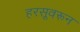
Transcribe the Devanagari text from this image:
हरसूवरून